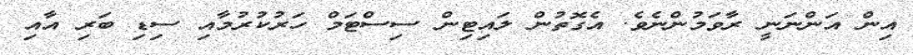
އިން އަންނަނީ ރާވަމުންނެވެ. އެގޮތުން ލައިޓިން ސިސްޓަމް ހަރުކުރުމާއި ސިޑި ބަރި އާއި